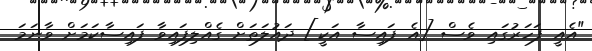
"އެއީ ފަހަރުގައި ވެސް [އެ ފައިސާ އަކީ] ދައުލަތަށް ގެއްލިފައިވާ ފައިސާކަމަށް ވާނަމަ